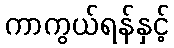
ကာကွယ်ရန်နှင့်